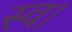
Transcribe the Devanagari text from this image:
स्‍व।